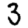
Digit: 3